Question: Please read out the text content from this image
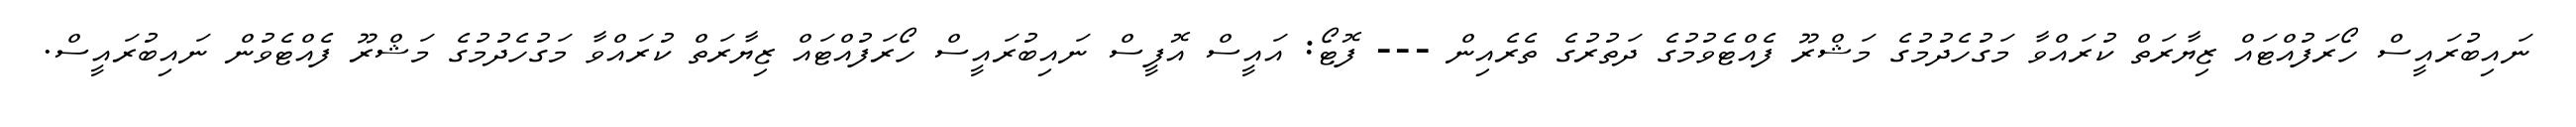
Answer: ނައިބުރައީސް ހޯރަފުއްޓައް ޒިޔާރަތް ކުރައްވާ މަގުހެދުމުގެ މަޝްރޫ ފެއްޓެވުމުގެ ދަތުރުގެ ތެރެއިން --- ފޮޓޯ: އައީސް އޮފީސް ނައިބުރައީސް ހޯރަފުއްޓައް ޒިޔާރަތް ކުރައްވާ މަގުހެދުމުގެ މަޝްރޫ ފެއްޓެވުން ނައިބުރައީސް.